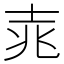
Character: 𮰲